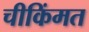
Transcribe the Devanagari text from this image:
चीकिंमत